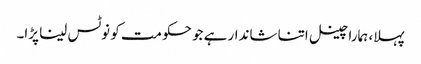
پہلا، ہمارا چینل اتنا شاندار ہے جو حکومت کو نوٹس لینا پڑا۔